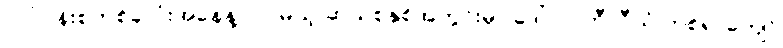
လုပ်ငန်းစုတစ်ခုလုံးအနေနဲ့ လာမယ့် ဆယ်စုနှစ်အတွင်းမှာ ဒေါ်လာဘီလီယံ တစ်ရာကျော်